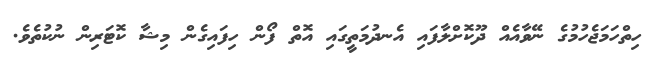
ހިތްހަމަޖެހުމުގެ ނޭވާއެއް ދޫކޮށްލާފައި އެނދުމަތީގައި އޮތް ފޯން ހިފައިގެން މިޝާ ކޮޓަރިން ނުކުތެވެ.